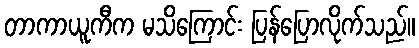
တာကာယူကီက မသိကြောင်း ပြန်ပြောလိုက်သည်။